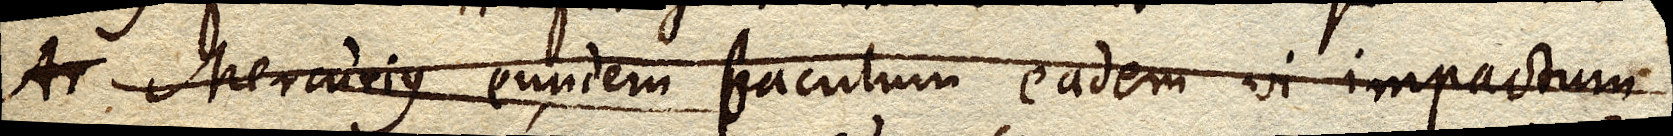
Ar Mercurius eundem baculum eadem vi impactum,